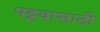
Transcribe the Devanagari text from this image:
पट्टयासाठी